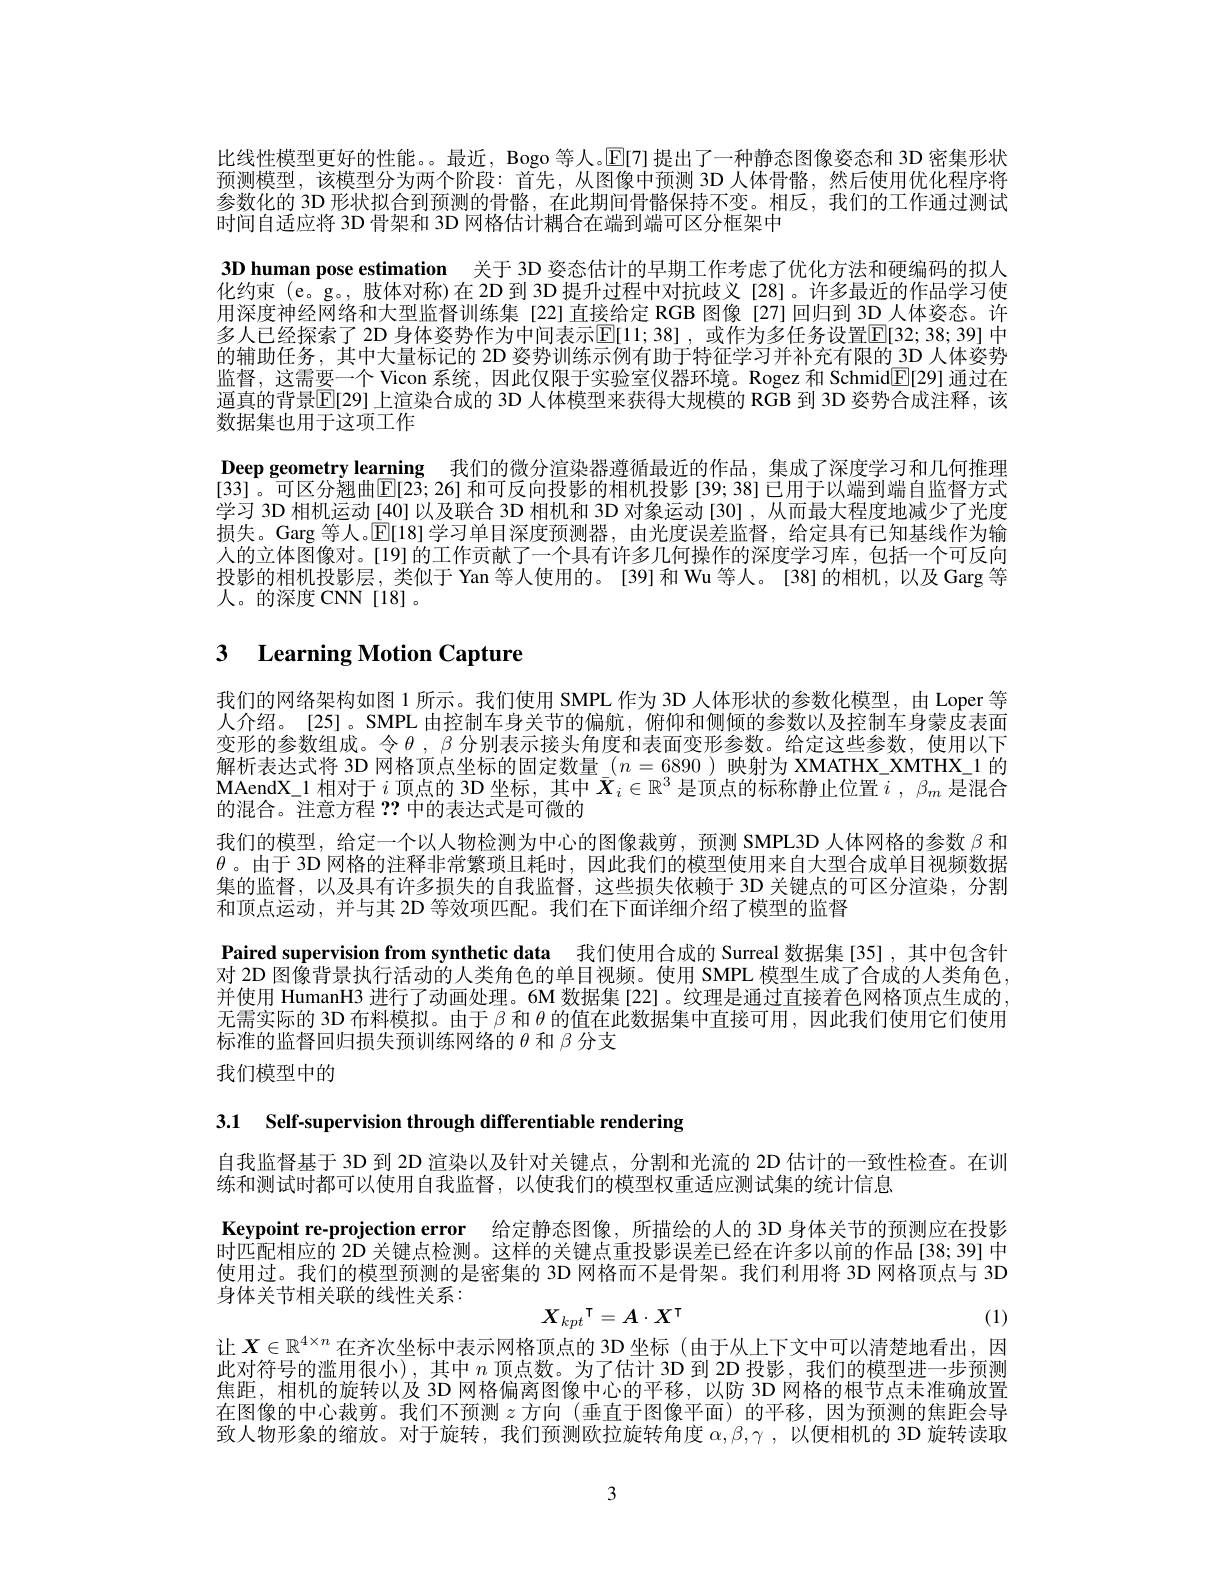
比线性模型更好的性能。。最近，Bogo 等人。$\operatorname{E}$[7]提出了一种静态图像姿态和 3D 密集形状预测模型，该模型分为两个阶段：首先，从图像中预测 3D 人体骨骼，然后使用优化程序将参数化的 3D 形状拟合到预测的骨骼，在此期间骨骼保持不变。相反，我们的工作通过测试时间自适应将 3D 骨架和 3D 网格估计耦合在端到端可区分框架中
3D human pose estimation 关于 3D 姿态估计的早期工作考虑了优化方法和硬编码的拟人化约束(e。g。, 肢体对称)在 2D 到 3D 提升过程中对抗歧义 [28]。许多最近的作品学习使用深度神经网络和大型监督训练集 [22]直接给定 RGB 图像 [27]回归到 3D 人体姿态。许多人已经探索了 2D 身体姿势作为中间表示$\overline{\mathbb{E}}[11;38]$ ,或作为多任务设置$\overline{\mathbb{E}}[32;38;39]$ 中的辅助任务，其中大量标记的 2D 姿势训练示例有助于特征学习并补充有限的 3D 人体姿势监督，这需要一个 Vicon 系统，因此仅限于实验室仪器环境。Rogez 和 Schmid[E[29] 通过在逼真的背景$\boxed{\mathbb{E}}[29]$ 上渲染合成的 3D 人体模型来获得大规模的 RGB 到 3D 姿势合成注释，该数据集也用于这项工作
Deep geometry learning 我们的微分渲染器遵循最近的作品，集成了深度学习和几何推理[33]。可区分翘曲[E[23;26] 和可反向投影的相机投影 [39; 38] 已用于以端到端自监督方式学习 3D 相机运动[40] 以及联合 3D 相机和 3D 对象运动[30] , 从而最大程度地减少了光度损失。Garg 等人。$\mathbb{E}[18]$学习单目深度预测器，由光度误差监督，给定具有已知基线作为输人的立体图像对。[19]的工作贡献了一个具有许多几何操作的深度学习库，包括一个可反向投影的相机投影层，类似于 Yan 等人使用的。[39]和 Wu 等人。[38]的相机，以及 Garg 等人。的深度 CNN[18]。

# 3 Learning Motion Capture

我们的网络架构如图 1 所示。我们使用 SMPL 作为 3D 人体形状的参数化模型，由 Loper 等人介绍。[25]。SMPL 由控制车身关节的偏航，俯仰和侧倾的参数以及控制车身蒙皮表面变形的参数组成。令$\theta,\beta$分别表示接头角度和表面变形参数。给定这些参数，使用以下解析表达式将 3D 网格顶点坐标的固定数量\_$(n=6890)$映射为 XMATHX\_XMTHX\_1 的MAendX\_1 相对于$i$顶点的 3D 坐标，其中$\bar{\boldsymbol{X}}_i\in\mathbb{R}^3$是顶点的标称静止位置$i,\beta_m$是混合的混合。注意方程？?中的表达式是可微的
我们的模型，给定一个以人物检测为中心的图像栽剪，预测 SMPL3D 人体网格的参数$\beta$和$\theta$。由于 3D 网格的注释非常繁琐且耗时，因此我们的模型使用来自大型合成单目视频数据集的监督，以及具有许多损失的自我监督，这些损失依赖于 3D 关键点的可区分渲染，分割和顶点运动，并与其 2D 等效项匹配。我们在下面详细介绍了模型的监督
Paired supervision from synthetic data 我们使用合成的 Surreal 数据集[35] ,其中包含针对 2D 图像背景执行活动的人类角色的单目视频。使用 SMPL 模型生成了合成的人类角色并使用 HumanH3 进行了动画处理。6M 数据集[22]。纹理是通过直接着色网格顶点生成的无需实际的 3D 布料模拟。由于$\beta$和$\theta$的值在此数据集中直接可用，因此我们使用它们使用标准的监督回归损失预训练网络的$\theta$和$\beta$分支
我们模型中的

3.1 Self-supervision through differentiable rendering

自我监督基于 3D 到 2D 渲染以及针对关键点，分割和光流的 2D 估计的一致性检查。在训
练和测试时都可以使用自我监督，以使我们的模型权重适应测试集的统计信息

Keypoint re-projection error 给定静态图像，所描绘的人的 3D 身体关节的预测应在投影时匹配相应的 2D 关键点检测。这样的关键点重投影误差已经在许多以前的作品[38; 39] 中使用过。我们的模型预测的是密集的 3D 网格而不是骨架。我们利用将 3D 网格顶点与 3D 身体关节相关联的线性关系：
$$X_{kpt}^\intercal=A\cdot X^\intercal $$
(1)

让$\boldsymbol{X}\in\mathbb{R}^{4\times n}$在齐次坐标中表示网格顶点的 3D 坐标(由于从上下文中可以清楚地看出，因此对符号的滥用很小),其中$n$顶点数。为了估计 3D 到 2D 投影，我们的模型进一步预测焦距，相机的旋转以及 3D 网格偏离图像中心的平移，以防 3D 网格的根节点未准确放置在图像的中心裁剪。我们不预测$z$方向 (垂直于图像平面) 的平移，因为预测的焦距会导致人物形象的缩放。对于旋转，我们预测欧拉旋转角度$\alpha,\beta,\gamma$ ,以便相机的 3D 旋转读取

3